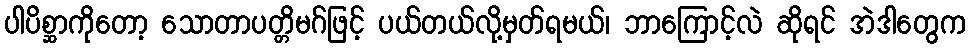
ပါပိစ္ဆာကိုတော့ သောတာပတ္တိမဂ်ဖြင့် ပယ်တယ်လို့မှတ်ရမယ်၊ ဘာကြောင့်လဲ ဆိုရင် အဲဒါတွေက